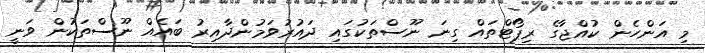
މި އަންހެން ކުއްޖާގެ ރިޕޯޓްތައް ގިނަ ނޫސްތަކުގައި ދައުރުވަމުންދާއިރު ބައެއް ނޫސްތަކުން ވަނީ